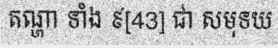
តណ្ហា ទាំង ៩[43] ជា សមុទយ